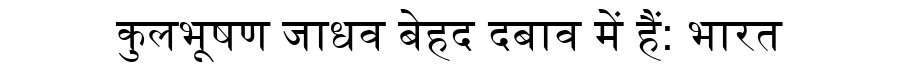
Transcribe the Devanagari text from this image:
कुलभूषण जाधव बेहद दबाव में हैं: भारत